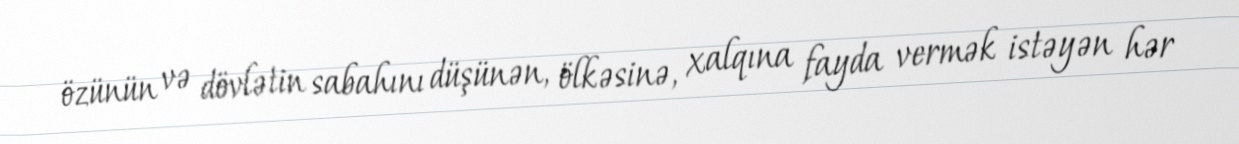
özünün və dövlətin sabahını düşünən, ölkəsinə, xalqına fayda vermək istəyən hər